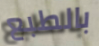
بالطبع